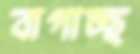
বাগাচ্ছ